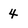
Character: 4